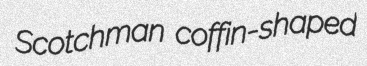
Scotchman coffin-shaped